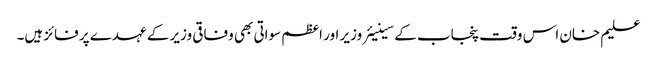
علیم خان اس وقت پنجاب کے سینیئر وزیر اور اعظم سواتی بھی وفاقی وزیر کے عہدے پر فائز ہیں۔